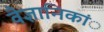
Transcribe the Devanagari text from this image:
वैज्ञानिकांे